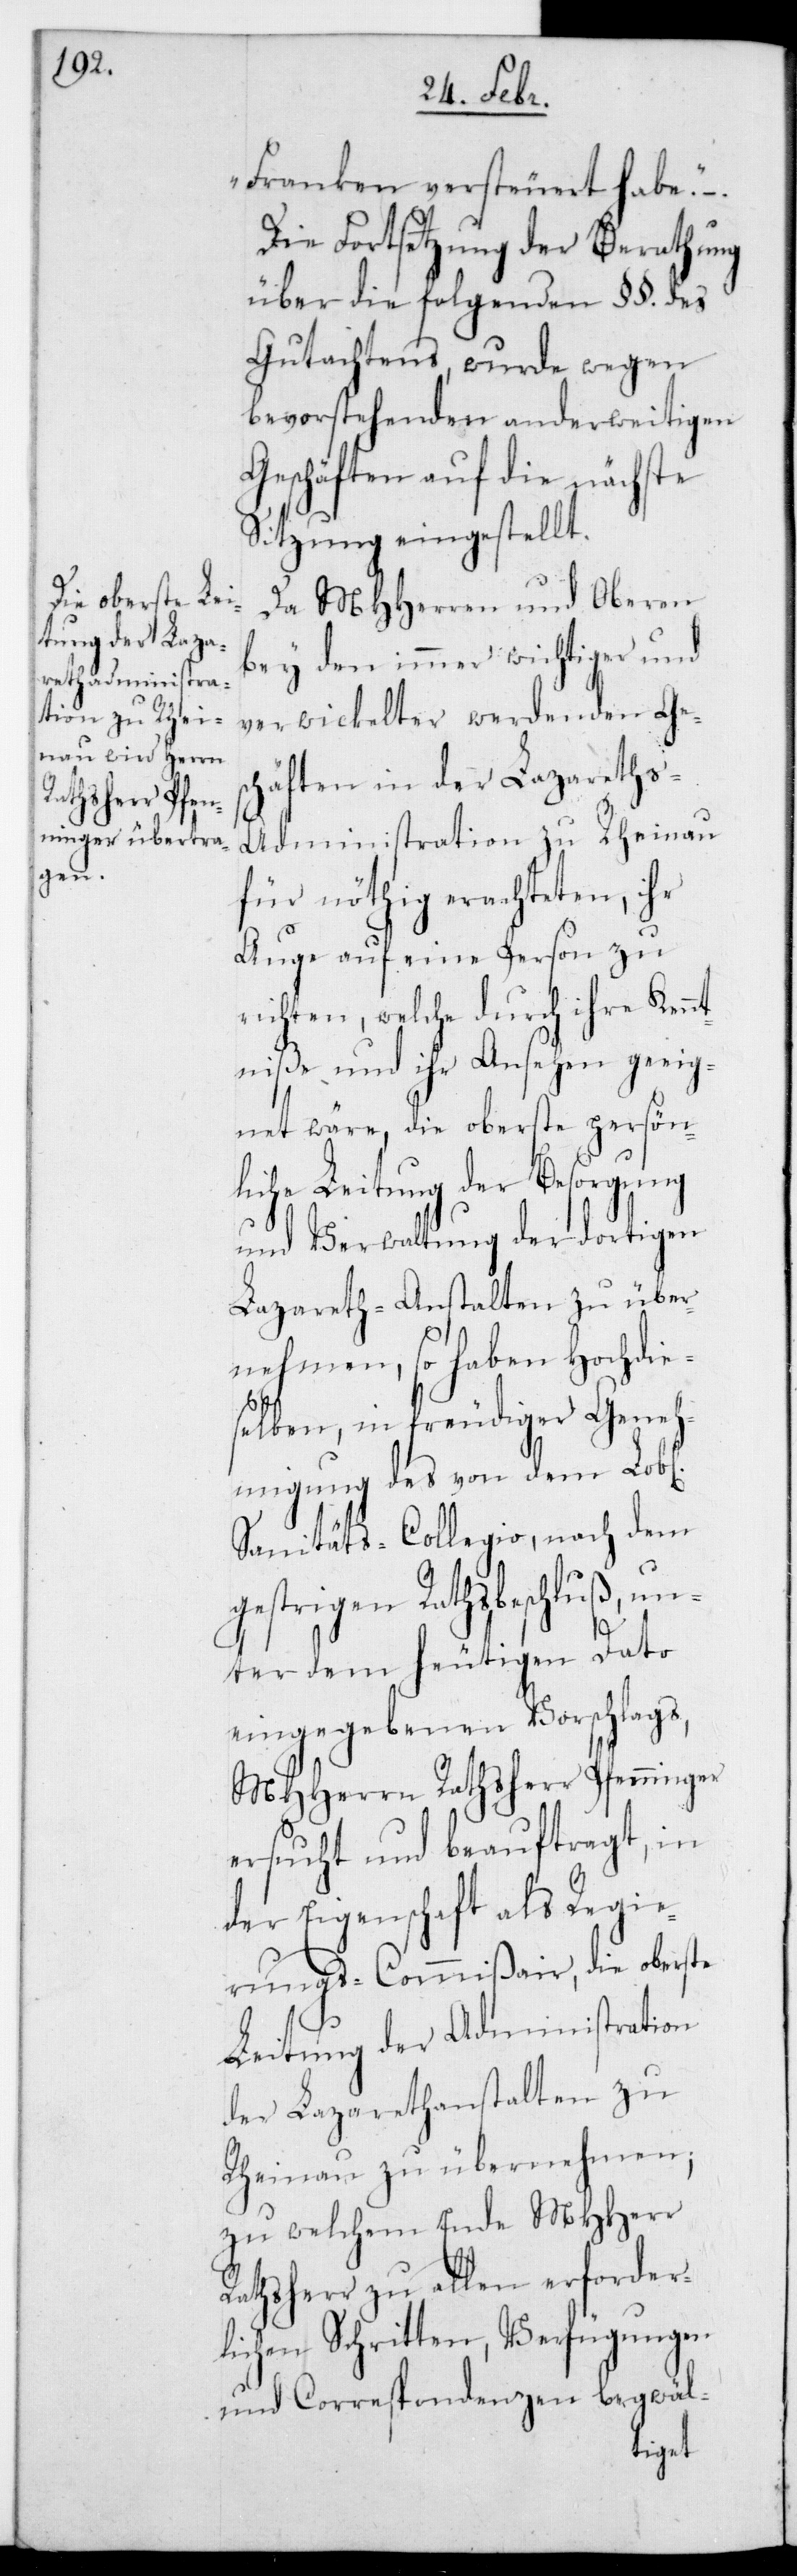
ge¬

Franken versteuert habe“.
Die Fortsetzung der Berathung
über die folgenden §§. des
Gutachtens, wurde wegen
bevorstehenden anderweitigen
Geschäften auf die nächste
Sitzung eingestellt.
Da MHHerren und Oberen
bey den immer wichtiger und
verwickelter werdenden Ges¬
chäften in der Lazareths-A¬
dministration zu Rheinau
für nöthig erachten, ihr
Auge auf eine Person zu
richten, welche durch ihre Ken¬
ntniße und ihr Ansehen geeig¬
net wäre, die oberste persön¬
liche Leitung der Besorgung
und Verwaltung der dortigen
Lazareth-Anstalten zu über¬
nehmen, so haben Hochdie¬
selben, in freudiger Geneh¬
migung des von dem Lobl.
Sanitäts-Collegio, nach dem
strigen Rathsbeschluß, u¬
nter dem heutigen Dato
eingegebenen Vorschlags,
MHHerrn Rathsherr Pfenninger
ersucht und beauftragt, in
der Eigenschaft als Regie¬
rungs-Commißair, die oberste
Leitung der Administration
der Lazareth-Anstalten zu
Rheinau zu übernehmen;
zu welchem Ende MHHerr
Rathsherr zu allen erforder¬
lichen Schritten, Verfügungen
und Correspondenzen begwäl-